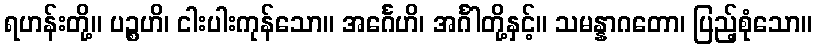
ရဟန်းတို့။ ပဉ္စဟိ၊ ငါးပါးကုန်သော။ အင်္ဂေဟိ၊ အင်္ဂါတို့နှင့်။ သမန္နာဂတော၊ ပြည့်စုံသော။